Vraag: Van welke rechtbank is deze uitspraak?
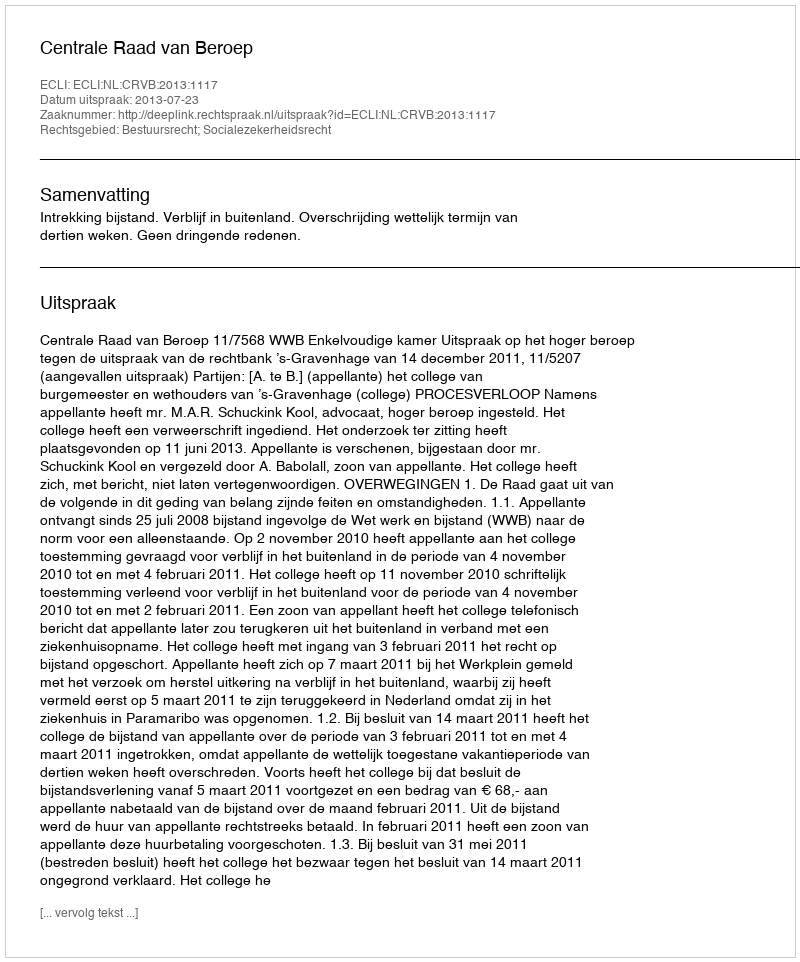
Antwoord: Centrale Raad van Beroep